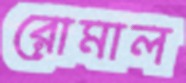
রোমাল